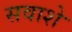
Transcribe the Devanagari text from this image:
सवाशे